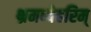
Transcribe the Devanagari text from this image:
भ्रमध्येहरिम्